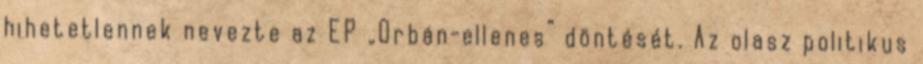
hihetetlennek nevezte az EP „Orbán-ellenes” döntését. Az olasz politikus